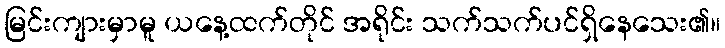
မြင်းကျားမှာမူ ယနေ့ထက်တိုင် အရိုင်း သက်သက်ပင်ရှိနေသေး၏။